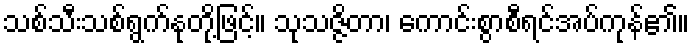
သစ်သီးသစ်ရွက်နုတို့ဖြင့်။ သုသဇ္ဇိတာ၊ ကောင်းစွာစီရင်အပ်ကုန်၏။